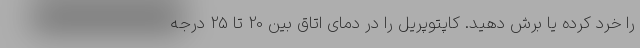
را خرد کرده یا برش دهید. کاپتوپریل را در دمای اتاق بین 20 تا 25 درجه